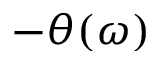
- \theta ( \omega )